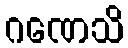
ဂဏေသိ